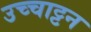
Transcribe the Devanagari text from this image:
उच्चाट्टन